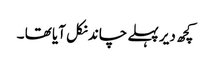
کچھ دیر پہلے چاند نکل آیا تھا ۔